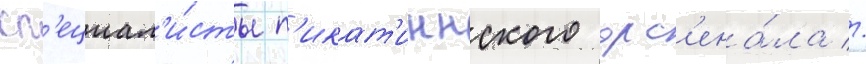
сп'ециал'и́сты п'икат'иннского арс'ена́ла //